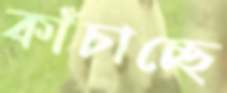
কাঁচাচ্ছে